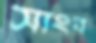
সাংব